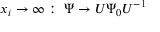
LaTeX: x _ { i } \rightarrow \infty : \; \Psi \rightarrow U \Psi _ { 0 } U ^ { - 1 }